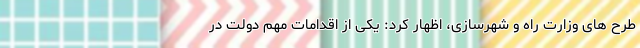
طرح های وزارت راه و شهرسازی، اظهار کرد: یکی از اقدامات مهم دولت در